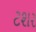
ટશર